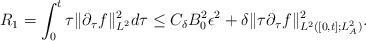
LaTeX: \begin{align*}R_1=\int^t_0\tau\|\partial_\tau f\|_{L^2}^2d\tau \le C_\delta B_0^2\epsilon^2+\delta \|\tau\partial_\tau f\|^2_{L^2([0,t];L^2_A)}.\end{align*}